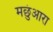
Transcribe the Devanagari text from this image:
मछुंआरा